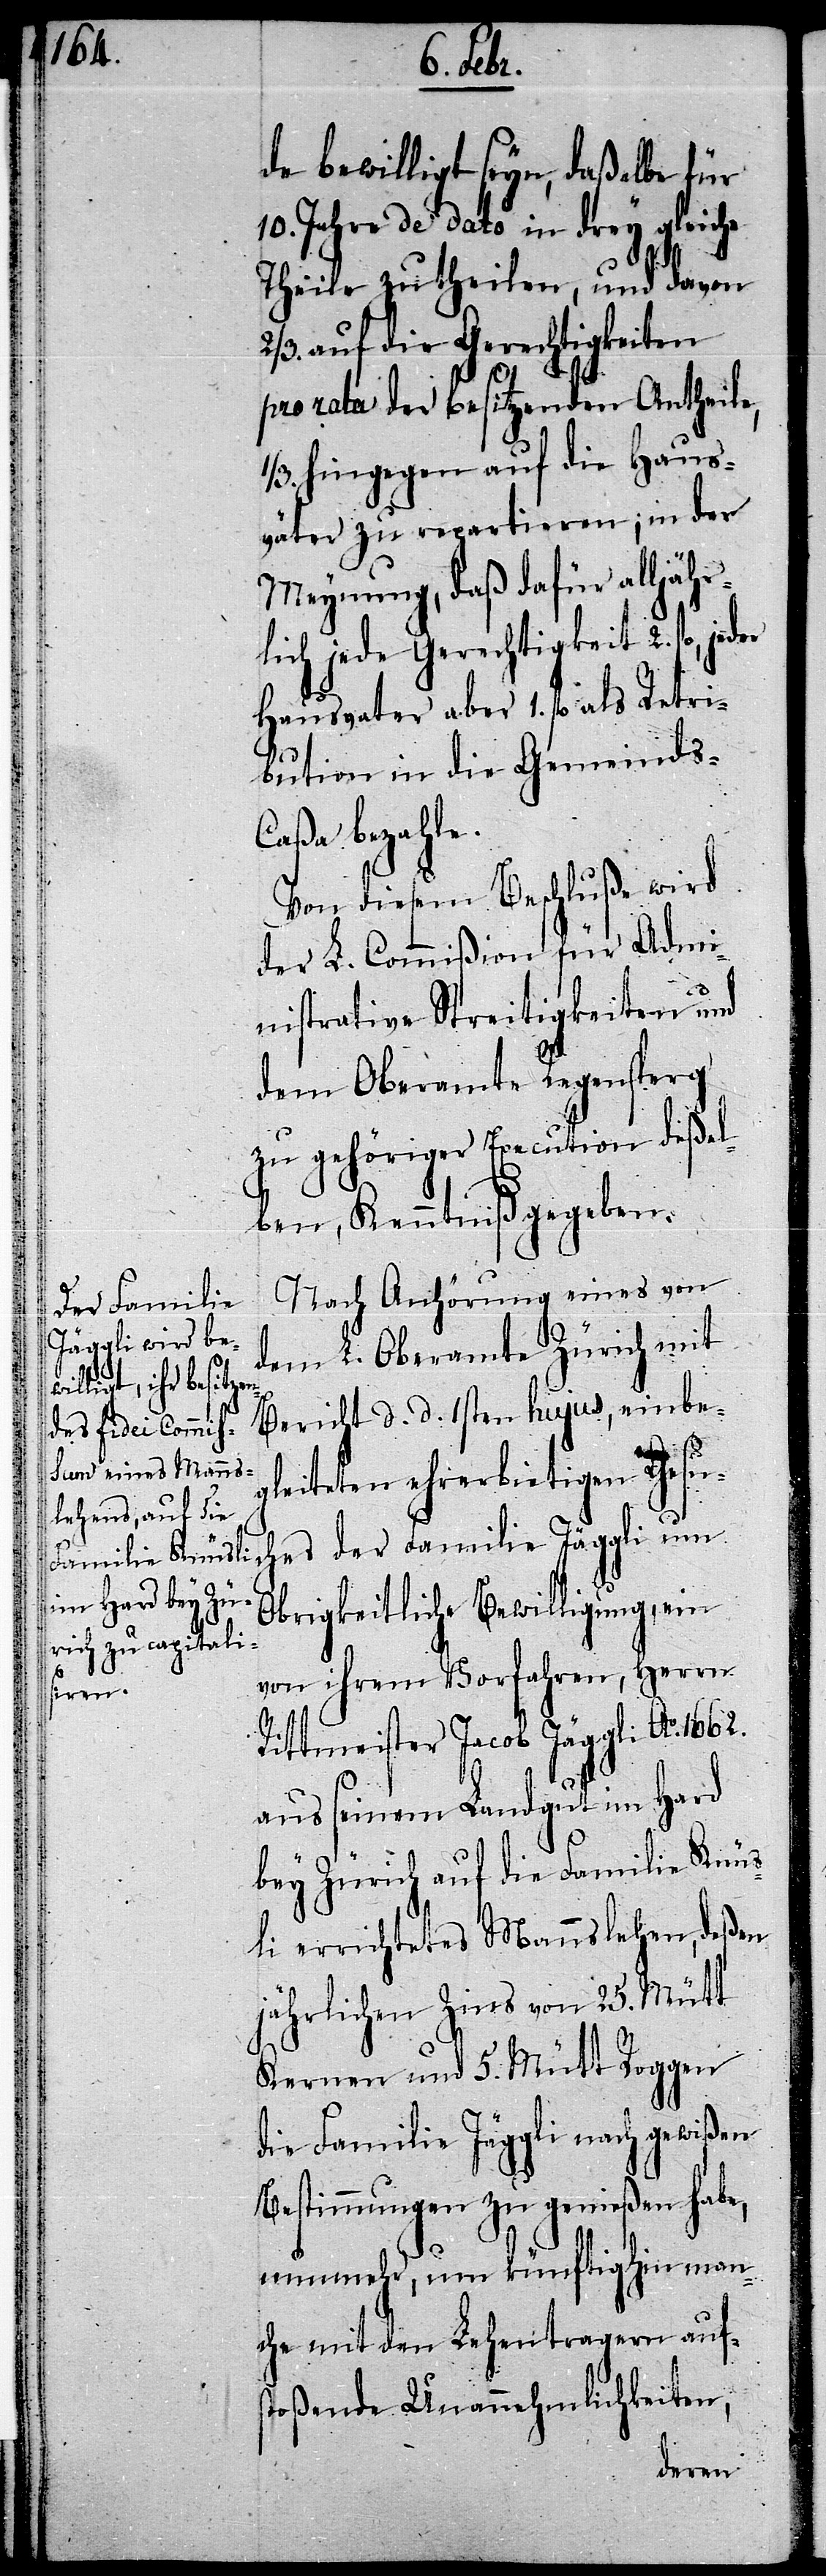
1662.

de bewilligt seyn, daßelbe für
10. Jahre de dato in drey gleiche
Theile zu theilen, und davon
2/3. auf die Gerechtigkeiten
pro rata der besitzenden Antheile,
1/3. hingegen auf die Haus¬
väter zu repartieren; in der
Meynung, daß dafür alljähr¬
lich jede Gerechtigkeit 2. fl.,
Hausvater aber 1. fl. als Retri¬
bution in die Gemeinds-C¬
aßa bezahle.
Von diesem Beschluße wird
der L. Commißion für Admi¬
nistrative Streitigkeiten und
dem Oberamte Regensperg
zu gehöriger Execution deßel¬
ben, Kenntniß gegeben.
Nach Anhörung eines von
dem L. Oberamte Zürich mit
Bericht d. d. 1sten hujus, einbe¬
gleiteten ehrerbietigen Gesuch¬
es der Familie Jäggli um
Obrigkeitliche Bewilligung, ein
von ihrem Vorfahren, Herrn
Rittmeister Jacob Jäggli Ao.
aus seinem Landgut im Hard
bey Zürich auf die Familie Knüs¬
li errichtetes Mannslehen, deßen
jährlichen Zins von 25. Mütt
Kernen und 5. Mütt Roggen
die Familie Jäggli nach gewißen
Bestimmungen zu genießen habe,
nunmehr, um künftighin man¬
che mit den Lehentragern aufs¬
toßende Unannehmlichkeiten,